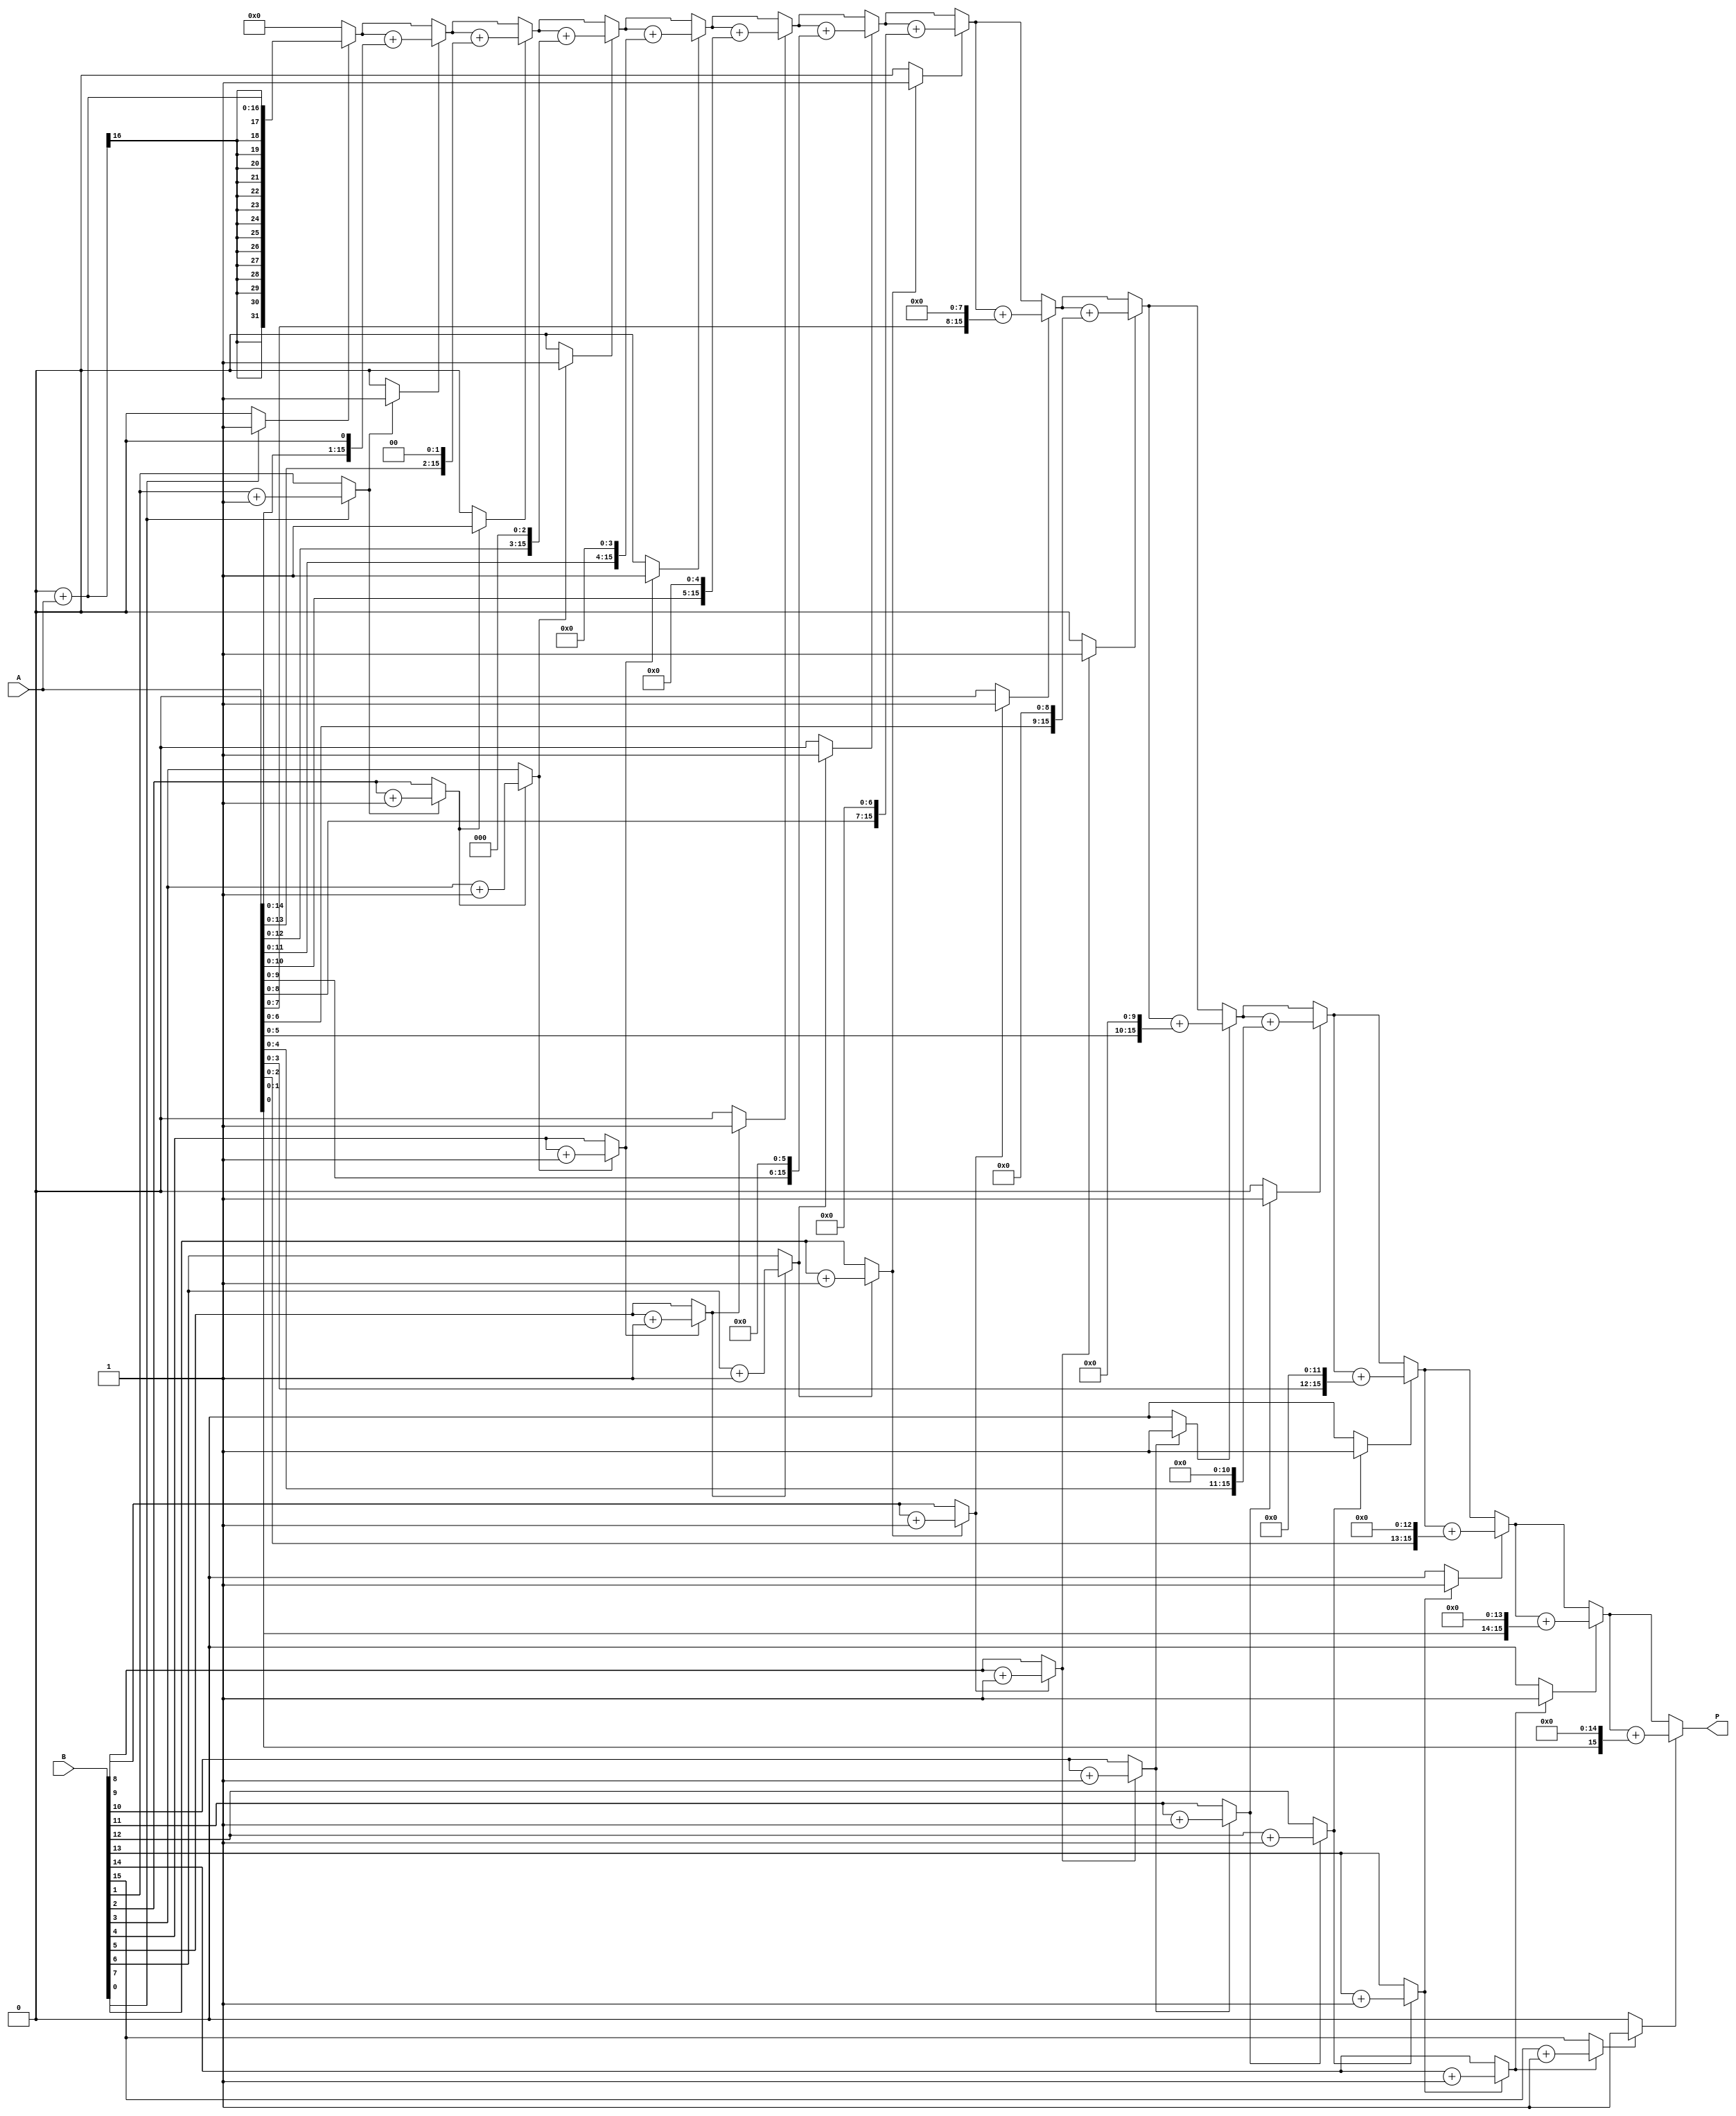
module CSD_Multiplier (
    input signed [15:0] A,  // Input A
    input signed [15:0] B,  // Input B
    output reg signed [31:0] P // Product output
);
    // Internal signals
    reg signed [15:0] A_shifted [0:15]; // Shifts of A
    reg signed [15:0] partial_product [0:15]; // Partial products
    reg [15:0] B_csd; // CSD representation of B
    integer i;

    // CSD conversion for B
    function [15:0] binary_to_csd;
        input [15:0] binary;
        integer j;
        reg [15:0] csd;
        begin
            csd = 0;
            for (j = 0; j < 16; j = j + 1) begin
                if (binary[j] == 1) begin
                    csd[j] = 1;
                    if (j < 15) begin
                        binary[j + 1] = binary[j + 1] + 1; // Carry to next bit
                    end
                end else if (binary[j] == 0) begin
                    csd[j] = 0;
                end else begin
                    csd[j] = -1;
                    if (j < 15) begin
                        binary[j + 1] = binary[j + 1] - 1; // Borrow from next bit
                    end
                end
            end
            binary_to_csd = csd;
        end
    endfunction

    // Generate shifted versions of A
    always @(*) begin
        A_shifted[0] = A;
        for (i = 1; i < 16; i = i + 1) begin
            A_shifted[i] = A << i; // Left shift A
        end
    end

    // Main multiplication process
    always @(*) begin
        B_csd = binary_to_csd(B); // Convert B to CSD representation
        P = 0; // Initialize product to zero

        // Generate partial products based on CSD digits
        for (i = 0; i < 16; i = i + 1) begin
            if (B_csd[i] == 1) begin
                P = P + A_shifted[i]; // Add if CSD digit is 1
            end else if (B_csd[i] == -1) begin
                P = P - A_shifted[i]; // Subtract if CSD digit is -1
            end
        end
    end
endmodule